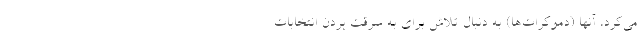
می‌کرد، آنها (دموکرات‌ها) به دنبال تلاش برای به سرقت بردن انتخابات